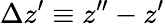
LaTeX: \Delta z^{\prime}\equiv z^{\prime\prime}-z^{\prime}